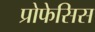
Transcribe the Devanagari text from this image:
प्रोफेसिस